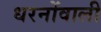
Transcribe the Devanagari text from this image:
धरनोंवाली